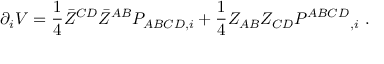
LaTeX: \partial _ { i } V = { \frac { 1 } { 4 } } \bar { Z } ^ { C D } \bar { Z } ^ { A B } P _ { A B C D , i } + { \frac { 1 } { 4 } } Z _ { A B } Z _ { C D } P ^ { A B C D } { } _ { , i } \ .